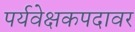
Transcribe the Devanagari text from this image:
पर्यवेक्षकपदावर